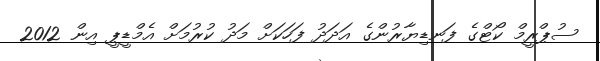
ސުޕްރީމް ކޯޓްގެ ފަނޑިޔާރުންގެ އަދަދު ފަހަކަށް މަދު ކުރުމަށް އެމްޑީޕީ އިން 2012